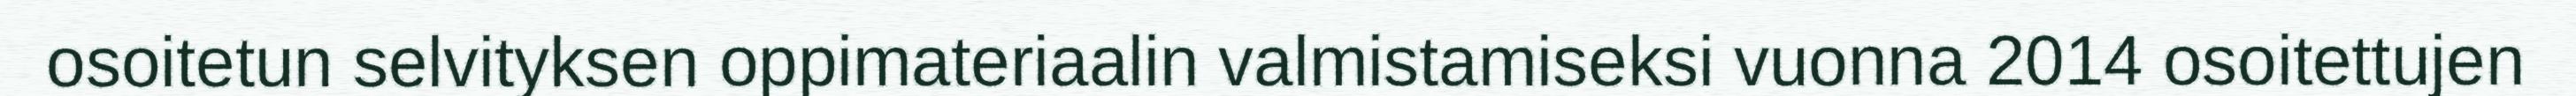
osoitetun selvityksen oppimateriaalin valmistamiseksi vuonna 2014 osoitettujen